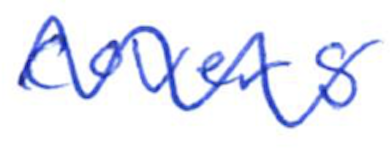
Text: covers
Cross-out: mix
Writing tool: ballpoint